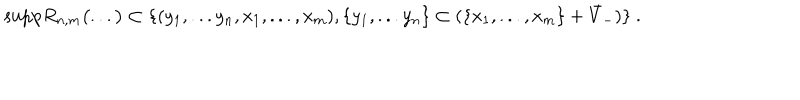
LaTeX: \mathrm { s u p p } R _ { n , m } \bigl ( . . . \bigr ) \subset \{ ( y _ { 1 } , . . . y _ { n } , x _ { 1 } , . . . , x _ { m } ) , \{ y _ { 1 } , . . . y _ { n } \} \subset ( \{ x _ { 1 } , . . . , x _ { m } \} + \bar { V } _ { - } ) \} \ .